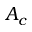
A _ { c }